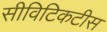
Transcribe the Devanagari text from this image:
सीविटिकटीस